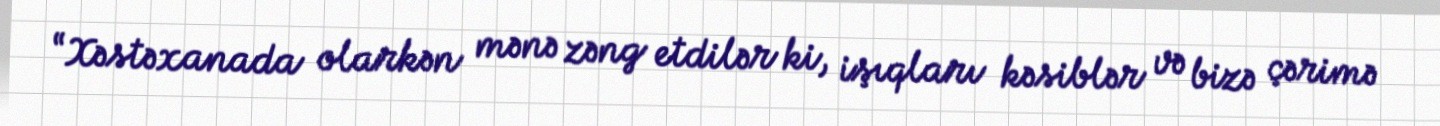
“Xəstəxanada olarkən mənə zəng etdilər ki, işıqları kəsiblər və bizə çərimə